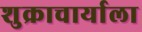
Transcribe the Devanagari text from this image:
शुक्राचार्याला